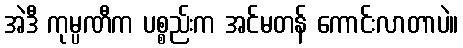
အဲဒီ ကုမ္ပဏီက ပစ္စည်းက အင်မတန် ကောင်းလာတာပဲ။